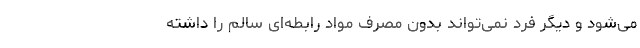
می‌شود و دیگر فرد نمی‌تواند بدون مصرف مواد رابطه‌ای سالم را داشته